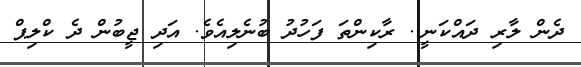
ދެން ލާރި ދައްކަނީ.. ރާކިންތަ ފަހުދު ބުނެލިއެވެ. އަދި ޖީބުން ދެ ކްލިޕް